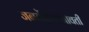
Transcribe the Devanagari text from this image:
जननेंद्रीयांभोवती